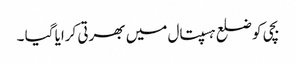
بچی کو ضلع ہسپتال میں بھرتی کرایا گیا ۔